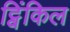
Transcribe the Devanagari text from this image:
ट्विंकिल